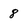
Character: 8